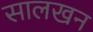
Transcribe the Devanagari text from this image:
सालखन